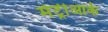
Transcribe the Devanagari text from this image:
मेट्रीआर्क